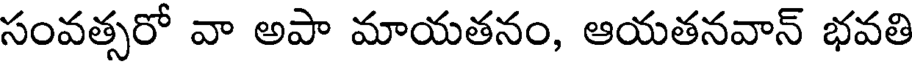
సంవత్సరో వా అపా మాయతనం, ఆయతనవాన్ భవతి